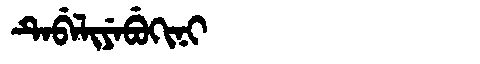
Manchu: ᡨᡝᠪᡝᠯᡳᠶᡝᠪᡠᡴᡳᠨᡳ
Romanization: TEBELIYEBUKINI